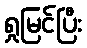
ရှုမြင်ပြီး